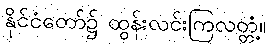
နိုင်ငံတော်၌ ထွန်းလင်းကြလတ္တံ့။